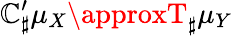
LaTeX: \mathbb{C}_{\sharp}^{\prime}\mu_{X}\approxT_{\sharp}\mu_{Y}